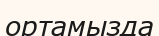
ортамызда